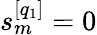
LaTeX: s_{m}^{[q_{1}]}=0